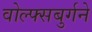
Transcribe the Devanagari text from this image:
वोल्फ्सबुर्गने